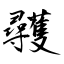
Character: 彠